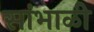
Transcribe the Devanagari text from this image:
सांभाळी